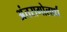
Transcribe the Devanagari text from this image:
अंतरागोलार्ध